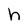
Character: h